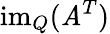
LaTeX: \operatorname{im}_{Q}(\mathit{A}^{T})